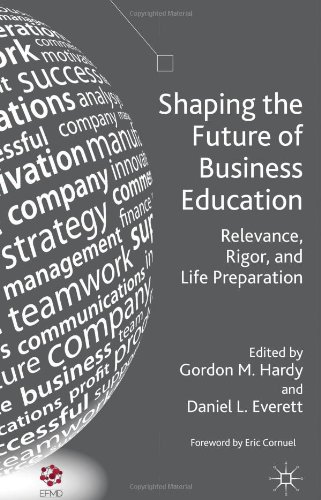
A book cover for Shaping the Future of Business Education: Relevance, Rigor, and Life Preparation; Business & Money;